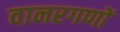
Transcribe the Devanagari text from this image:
वानरगणों